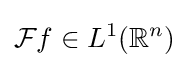
{\mathcal {F}}f\in L^{1}(\mathbb {R} ^{n})